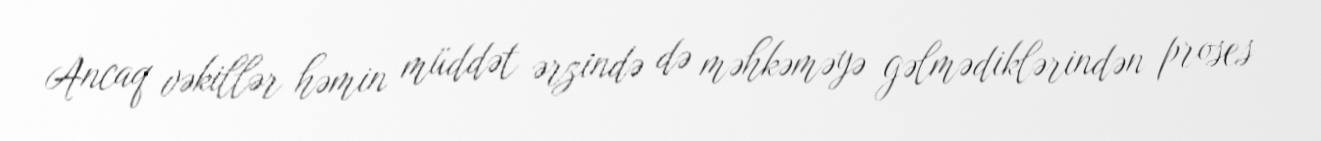
Ancaq vəkillər həmin müddət ərzində də məhkəməyə gəlmədiklərindən proses